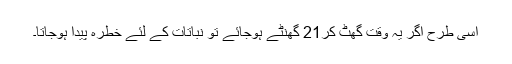
اسی طرح اگر یہ وقت گھٹ کر21 گھنٹے ہوجائے تو نباتات کے لئے خطرہ پیدا ہوجاتا۔